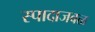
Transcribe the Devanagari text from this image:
स्पादाजवळ